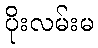
ပိုးလမ်းမ